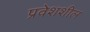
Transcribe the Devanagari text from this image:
प्रवेशशील